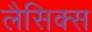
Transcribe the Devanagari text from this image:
लैसिक्स